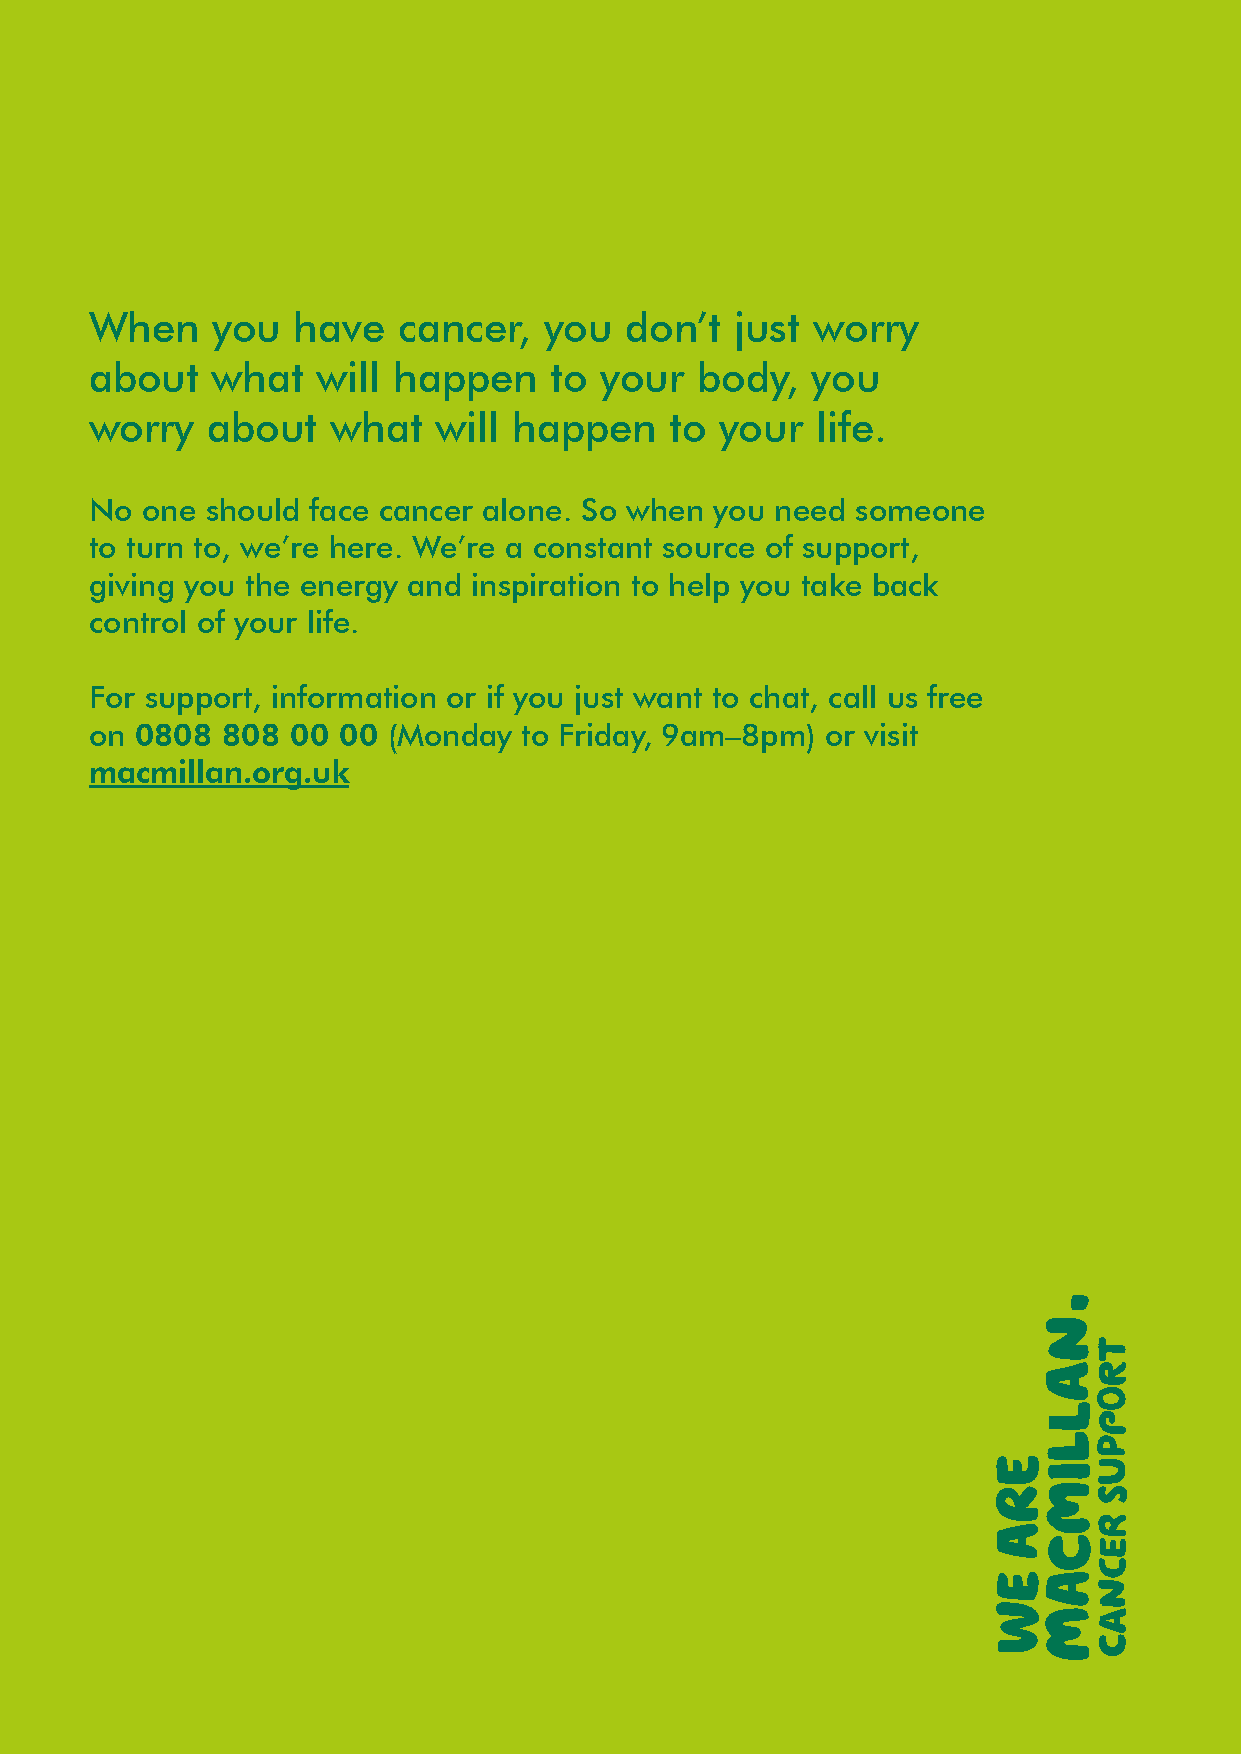
When    you  have   cancer,   you  don’t   just worry
 about   what   will happen    to  your  body,   you
 worry   about   what   will happen    to  your  life.
 No one  should face cancer alone. So when you need someone
 to turn to, we’re here. We’re a constant source of support,
 giving you the energy and inspiration to help you take back
 control of your life.
 For support, information or if you just want to chat, call us free
 on 0808  808 00 00  (Monday to Friday, 9am–8pm)  or visit
 macmillan.org.uk